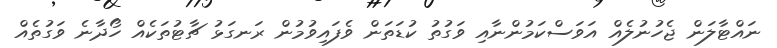
ނައްޓާލަން ޖެހުނުލެއް އަވަސްކަމުންނާއި ވަގުތު ކުޑަތަން ވެފައިވުމުން ރަނގަޅު ޗާޓުތަކެއް ހޯދާނެ ވަގުތެއް